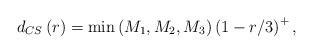
LaTeX: \begin{align*}d_{CS}\left(r\right)=\min\left(M_{1},M_{2},M_{3}\right)\left(1-r/3\right)^{+},\end{align*}